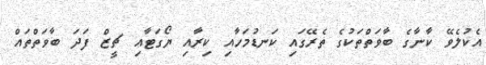
އެކުލެވޭ ކާނާގެ ބާވަތްތަކުގެ ތެރޭގައި ކަނޑުމަހާއި ކިރާއި ޔޯގަޓާއި ޗީޒް ފަދަ ބާވަތްތައް